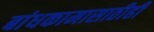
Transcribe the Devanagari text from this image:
बांधकामासाठीही